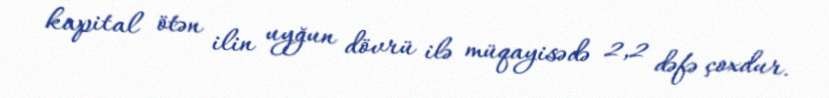
kapital ötən ilin uyğun dövrü ilə müqayisədə 2,2 dəfə çoxdur.